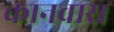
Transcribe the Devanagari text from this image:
कानवास